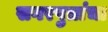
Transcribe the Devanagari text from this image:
सगरपुत्रांचा